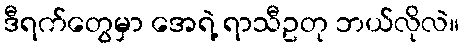
ဒီရက်တွေမှာ အေရဲ့ ရာသီဥတု ဘယ်လိုလဲ။